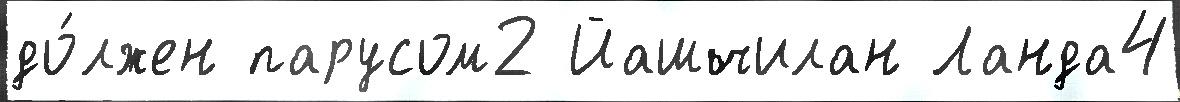
до́лжен парусом2 Йашчилан Ланда4